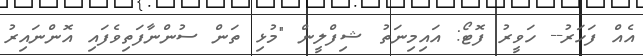
އެއް ފަހަރު-- ހަވީރު ފޮޓޯ: އައިމިނަތު ޝިފްލީން "މުޅި ތަން ސުންނާފަތިވެފައި އޮންނައިރު